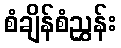
စံချိန်စံညွှန်း